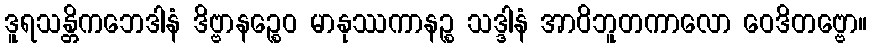
ဒူရသန္တိကဘေဒါနံ ဒိဗ္ဗာနဉ္စေဝ မာနုဿကာနဉ္စ သဒ္ဒါနံ အာဝိဘူတကာလော ဝေဒိတဗ္ဗော။